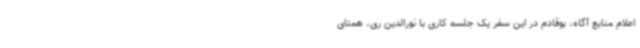
اعلام منابع آگاه، بوقادم در این سفر یک جلسه کاری با نورالدین ری، همتای